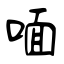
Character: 喕